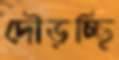
দৌড়চ্ছি